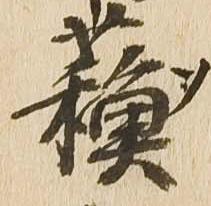
蘇